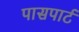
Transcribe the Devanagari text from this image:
पासपार्ट